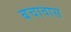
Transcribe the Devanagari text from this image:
बचावास